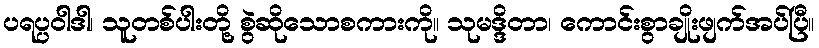
ပရပ္ပဝါဒါ၊ သူတစ်ပါးတို့ စွဲဆိုသောစကားကို။ သုမဒ္ဒိတာ၊ ကောင်းစွာချိုးဖျက်အပ်ပြီ။